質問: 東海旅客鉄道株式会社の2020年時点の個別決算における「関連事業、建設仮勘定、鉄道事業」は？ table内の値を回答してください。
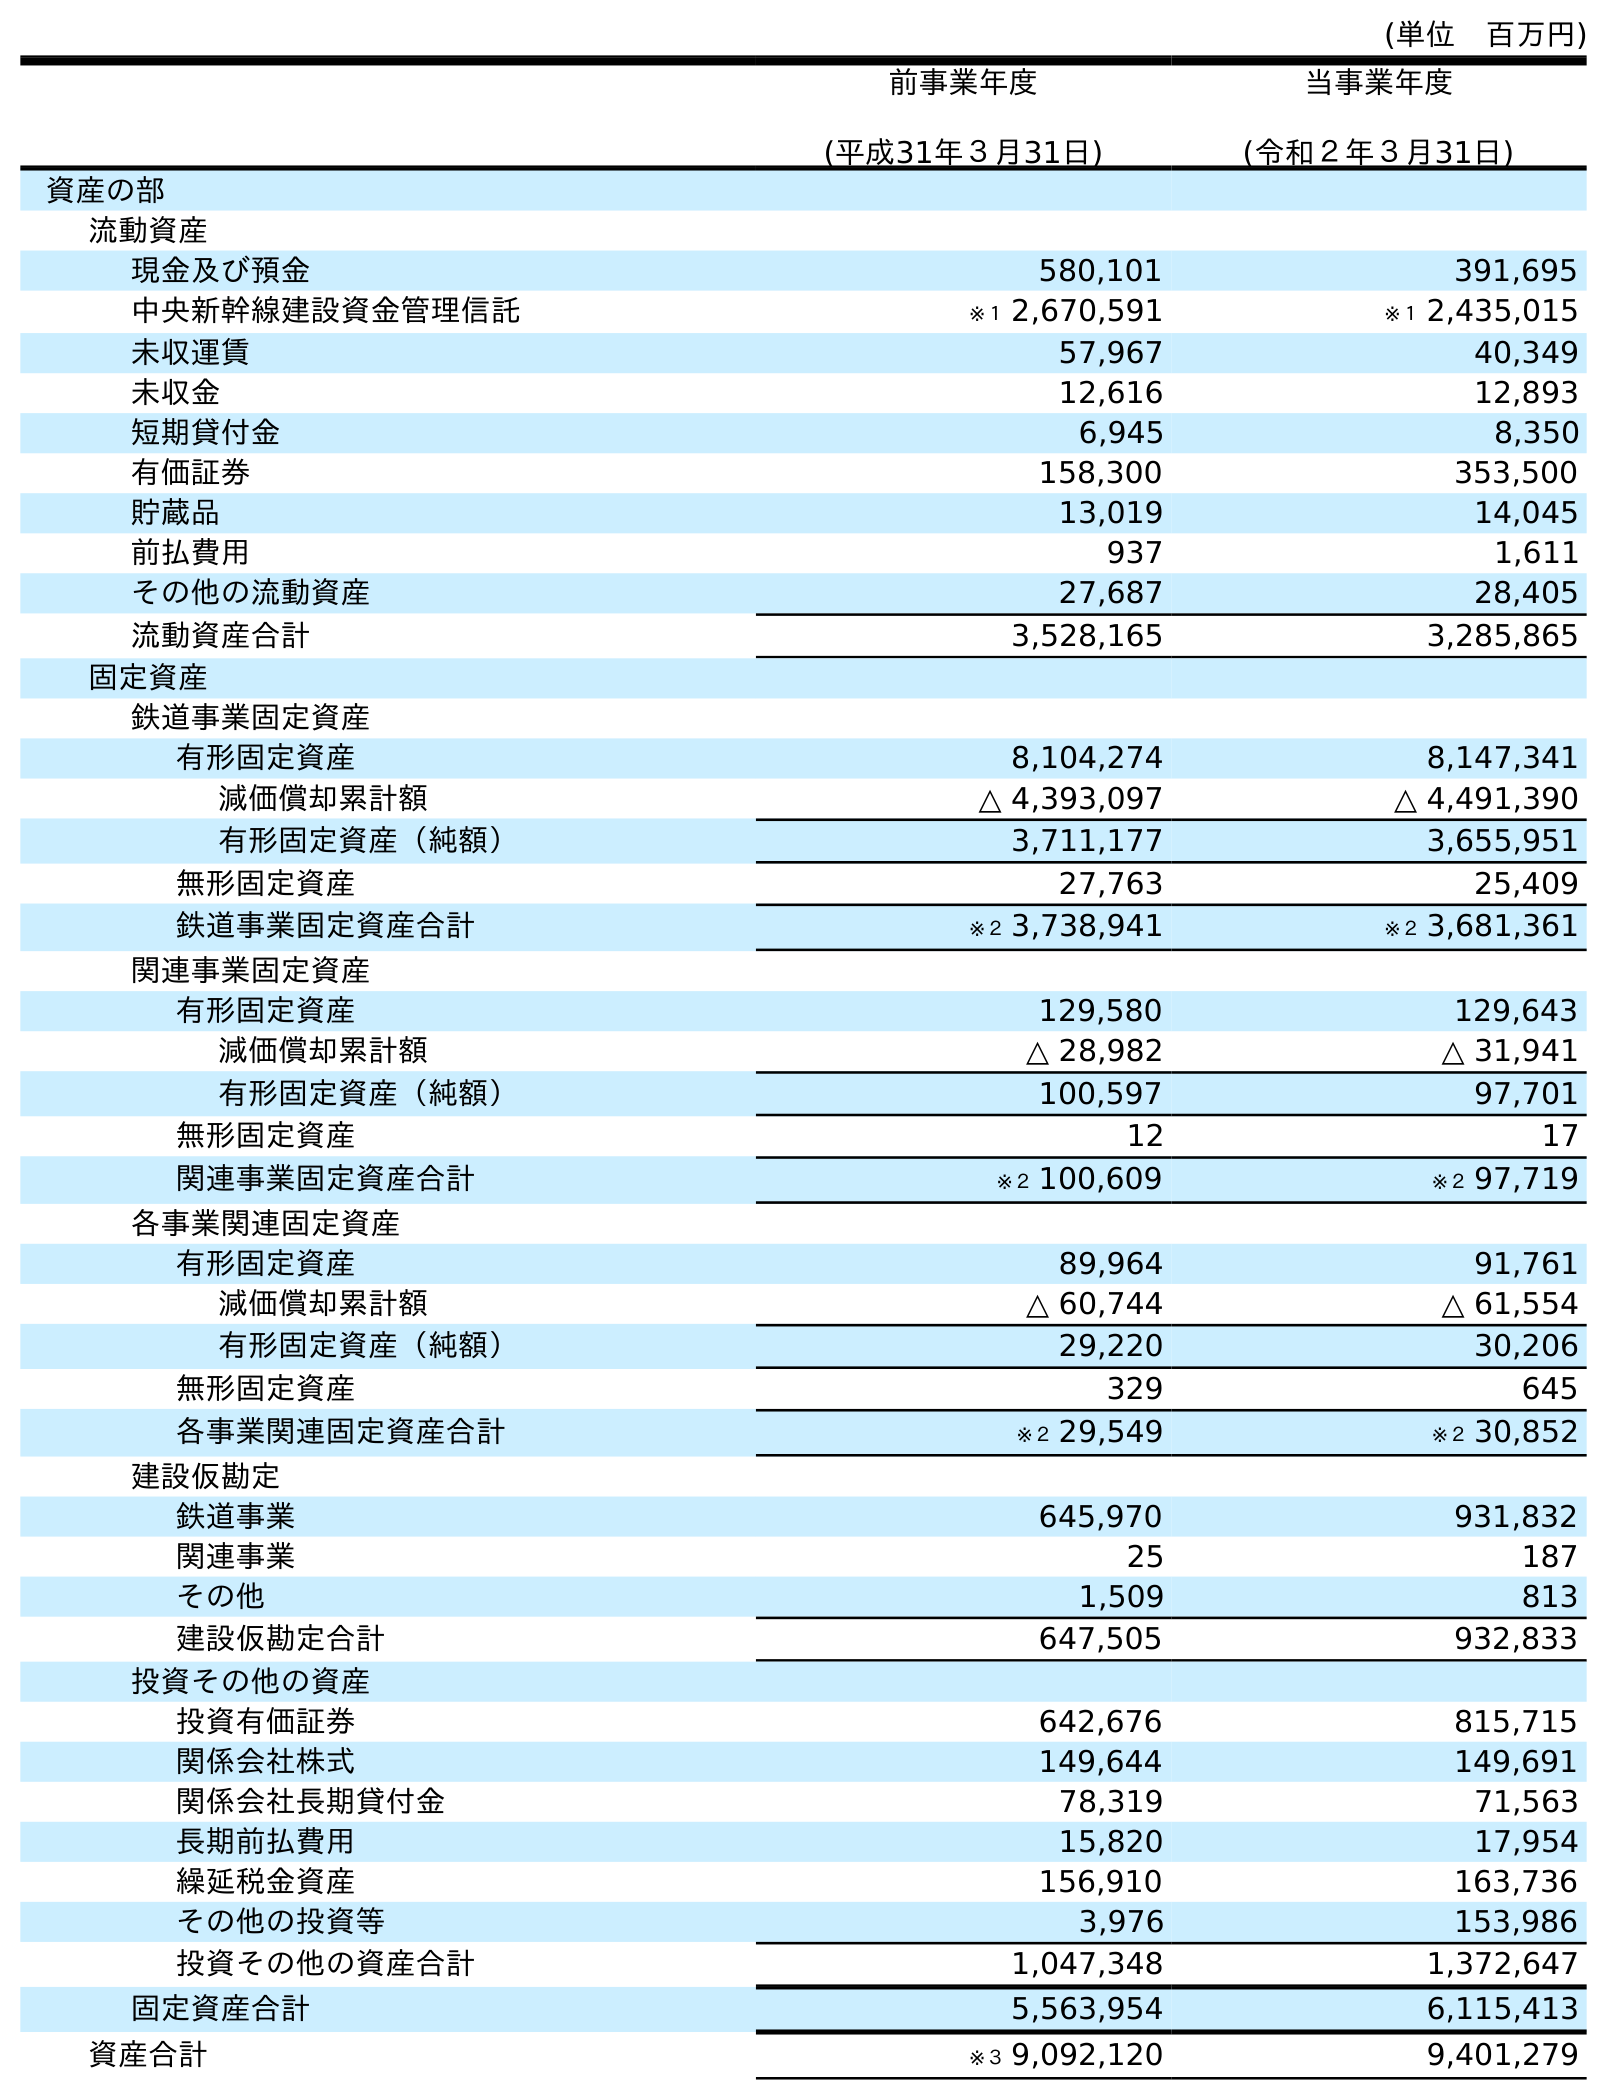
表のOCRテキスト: (単位 百万円) 前事業年度 (平成31年３月31日) 当事業年度 (令和２年３月31日) 資産の部 流動資産 現金及び預金 580,101 391,695 中央新幹線建設資金管理信託 ※１ 2,670,591 ※１ 2,435,015 未収運賃 57,967 40,349 未収金 12,616 12,893 短期貸付金 6,945 8,350 有価証券 158,300 353,500 貯蔵品 13,019 14,045 前払費用 937 1,611 その他の流動資産 27,687 28,405 流動資産合計 3,528,165 3,285,865 固定資産 鉄道事業固定資産 有形固定資産 8,104,274 8,147,341 減価償却累計額 △ 4,393,097 △ 4,491,390 有形固定資産（純額） 3,711,177 3,655,951 無形固定資産 27,763 25,409 鉄道事業固定資産合計 ※２ 3,738,941 ※２ 3,681,361 関連事業固定資産 有形固定資産 129,580 129,643 減価償却累計額 △ 28,982 △ 31,941 有形固定資産（純額） 100,597 97,701 無形固定資産 12 17 関連事業固定資産合計 ※２ 100,609 ※２ 97,719 各事業関連固定資産 有形固定資産 89,964 91,761 減価償却累計額 △ 60,744 △ 61,554 有形固定資産（純額） 29,220 30,206 無形固定資産 329 645 各事業関連固定資産合計 ※２ 29,549 ※２ 30,852 建設仮勘定 鉄道事業 645,970 931,832 関連事業 25 187 その他 1,509 813 建設仮勘定合計 647,505 932,833 投資その他の資産 投資有価証券 642,676 815,715 関係会社株式 149,644 149,691 関係会社長期貸付金 78,319 71,563 長期前払費用 15,820 17,954 繰延税金資産 156,910 163,736 その他の投資等 3,976 153,986 投資その他の資産合計 1,047,348 1,372,647 固定資産合計 5,563,954 6,115,413 資産合計 ※３ 9,092,120 9,401,279
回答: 187